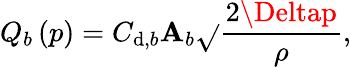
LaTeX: Q_{b}\left(p\right)=C_{\mathrm{d},b}\mathbf{A}_{b}\sqrt{}{{\frac{{2\Deltap}}{{\rho}}}},